Note on the mental hospitals in Burma - 1925-1940
Year: 1925
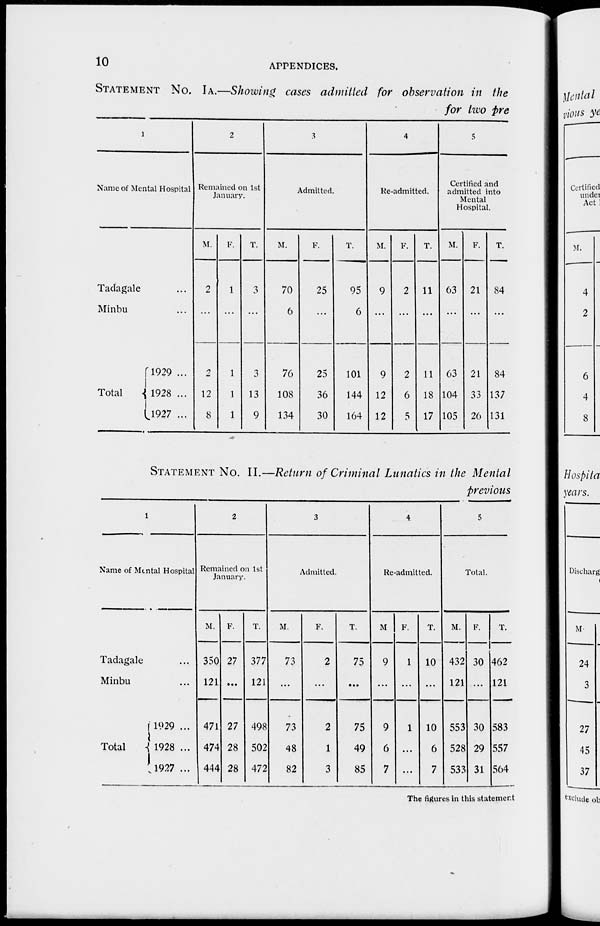
10
APPENDICES.
STATEMENT No. IA.—Showing cases admitted for observation in the
for two pre
1
Name of Mental Hospital
Tadagale ...
Minbu ...
Total
1929 ...
1928 ...
1927 ...
2
Remained on 1st
January.
M.
2
...
2
12
8
F.
1
...
1
1
1
T.
3
...
3
13
9
3
Admitted.
M.
70
6
76
108
134
F.
25
...
25
36
30
T.
95
6
101
144
164
4
Re-admitted.
M.
9
...
9
12
12
F.
2
...
2
6
5
T.
11
...
11
18
17
5
Certified and
admitted into
Mental
Hospital.
M.
63
...
63
104
105
F.
21
...
21
33
26
T.
84
...
84
137
131
STATEMENT No. II.—Return of Criminal Lunatics in the Mental
previous
1
Name of Mental Hospital.
Tadagale ...
Minbu ...
Total
1929 ...
1928 ...
1927 ...
2
Remained on 1st
January.
M.
350
121
471
474
444
F.
27
...
27
28
28
T.
377
121
498
502
472
3
Admitted.
M.
73
...
73
48
82
F.
2
...
2
1
3
T.
75
...
75
49
85
4
Re-admitted.
M.
9
...
9
6
7
F.
1
...
1
...
...
T.
10
...
10
6
7
5
Total.
M.
432
121
553
528
533
F.
30
...
30
29
31
T.
462
121
583
557
564
The figures in this statement